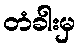
တံခါးမှ